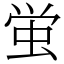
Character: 蛍